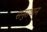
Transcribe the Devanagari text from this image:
सनुसंधान